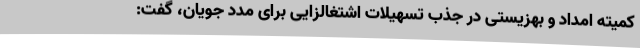
کمیته امداد و بهزیستی در جذب تسهیلات اشتغالزایی برای مدد جویان، گفت: